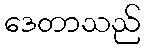
ဒေတာသည်